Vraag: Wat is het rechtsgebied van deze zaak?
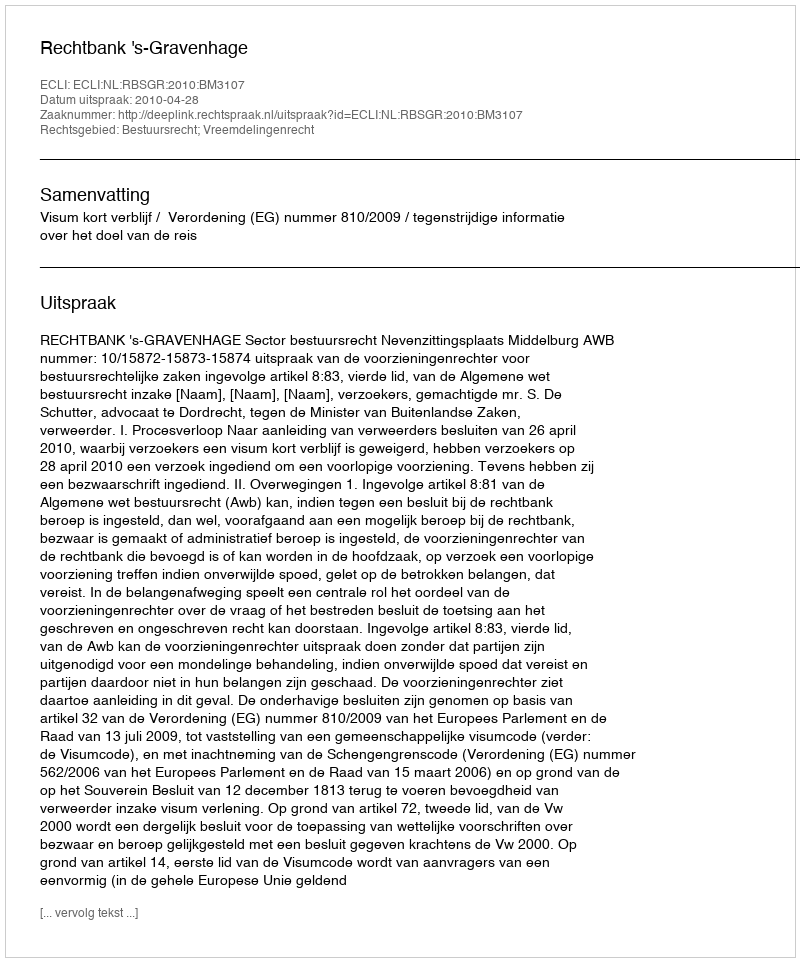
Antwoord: Bestuursrecht; Vreemdelingenrecht